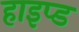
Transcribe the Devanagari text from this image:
हाइप्ड